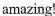
amazing!